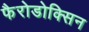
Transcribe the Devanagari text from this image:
फैरोडोक्सिन